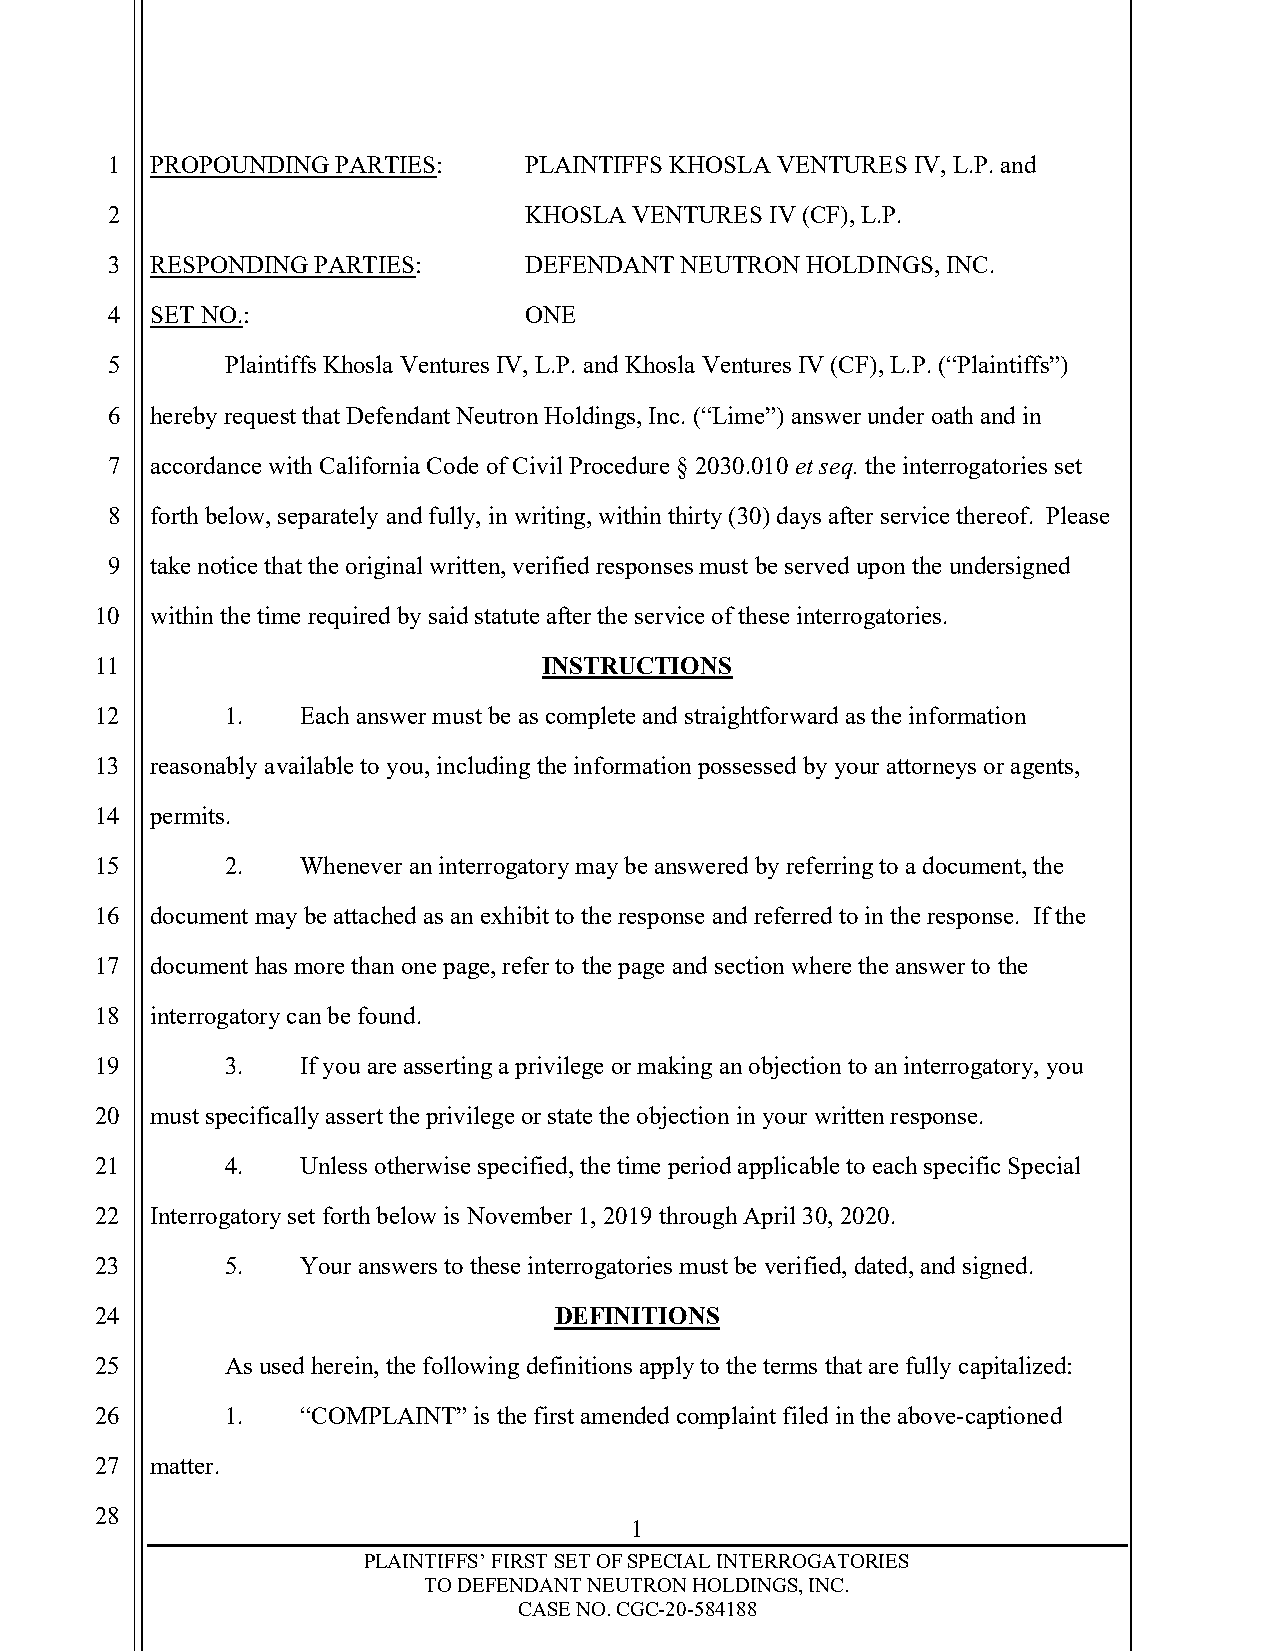
1  PROPOUNDING PARTIES:     PLAINTIFFS KHOSLA VENTURES IV, L.P. and
 2                           KHOSLA VENTURES IV (CF), L.P.
 3  RESPONDING PARTIES:      DEFENDANT NEUTRON HOLDINGS, INC.
 4  SET NO.:                 ONE
 5       Plaintiffs Khosla Ventures IV, L.P. and Khosla Ventures IV (CF), L.P. (“Plaintiffs”)
 6  hereby request that Defendant Neutron Holdings, Inc. (“Lime”) answer under oath and in
 7  accordance with California Code of Civil Procedure § 2030.010 et seq. the interrogatories set
 8  forth below, separately and fully, in writing, within thirty (30) days after service thereof. Please
 9  take notice that the original written, verified responses must be served upon the undersigned
 10  within the time required by said statute after the service of these interrogatories.
 11                            INSTRUCTIONS
 12       1.   Each answer must be as complete and straightforward as the information
 13  reasonably available to you, including the information possessed by your attorneys or agents,
 14  permits.
 15       2.   Whenever an interrogatory may be answered by referring to a document, the
 16  document may be attached as an exhibit to the response and referred to in the response. If the
 17  document has more than one page, refer to the page and section where the answer to the
 18  interrogatory can be found.
 19       3.   If you are asserting a privilege or making an objection to an interrogatory, you
 20  must specifically assert the privilege or state the objection in your written response.
 21       4.   Unless otherwise specified, the time period applicable to each specific Special
 22  Interrogatory set forth below is November 1, 2019 through April 30, 2020.
 23       5.   Your answers to these interrogatories must be verified, dated, and signed.
 24                             DEFINITIONS
 25       As used herein, the following definitions apply to the terms that are fully capitalized:
 26       1.   “COMPLAINT” is the first amended complaint filed in the above-captioned
 27  matter.
 28
 1
 PLAINTIFFS’ FIRST SET OF SPECIAL INTERROGATORIES
 TO DEFENDANT NEUTRON HOLDINGS, INC.
 CASE NO. CGC-20-584188